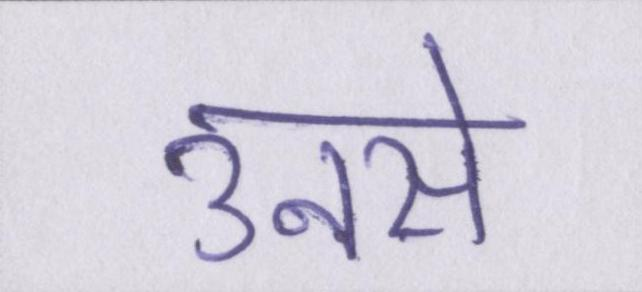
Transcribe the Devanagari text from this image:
उनसे